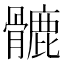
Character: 𩪉